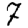
Digit: 7